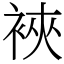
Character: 裌